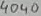
Text: 4040